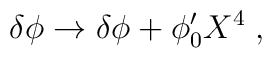
\delta \phi \rightarrow  \delta \phi + \phi_0' X^{4} \; ,